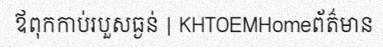
ឪពុកកាប់របួសធ្ងន់ | KHTOEMHomeព័ត៌មាន